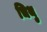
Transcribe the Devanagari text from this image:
चिथु